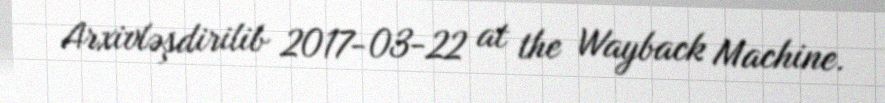
Arxivləşdirilib 2017-03-22 at the Wayback Machine.